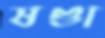
ষণ্ডা